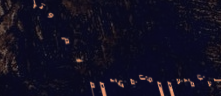
نحن متخصصون في تصميم وترك